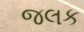
જલક